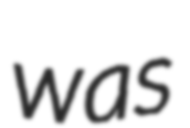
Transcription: was